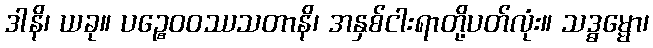
ဒါနိ၊ ယခု။ ပဉ္စေဝဝဿသတာနိ၊ အနှစ်ငါးရာတို့ပတ်လုံး။ သဒ္ဓမ္မော၊